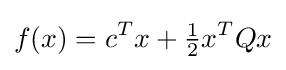
f(x)=c^{T}x+{\tfrac {1}{2}}x^{T}Qx